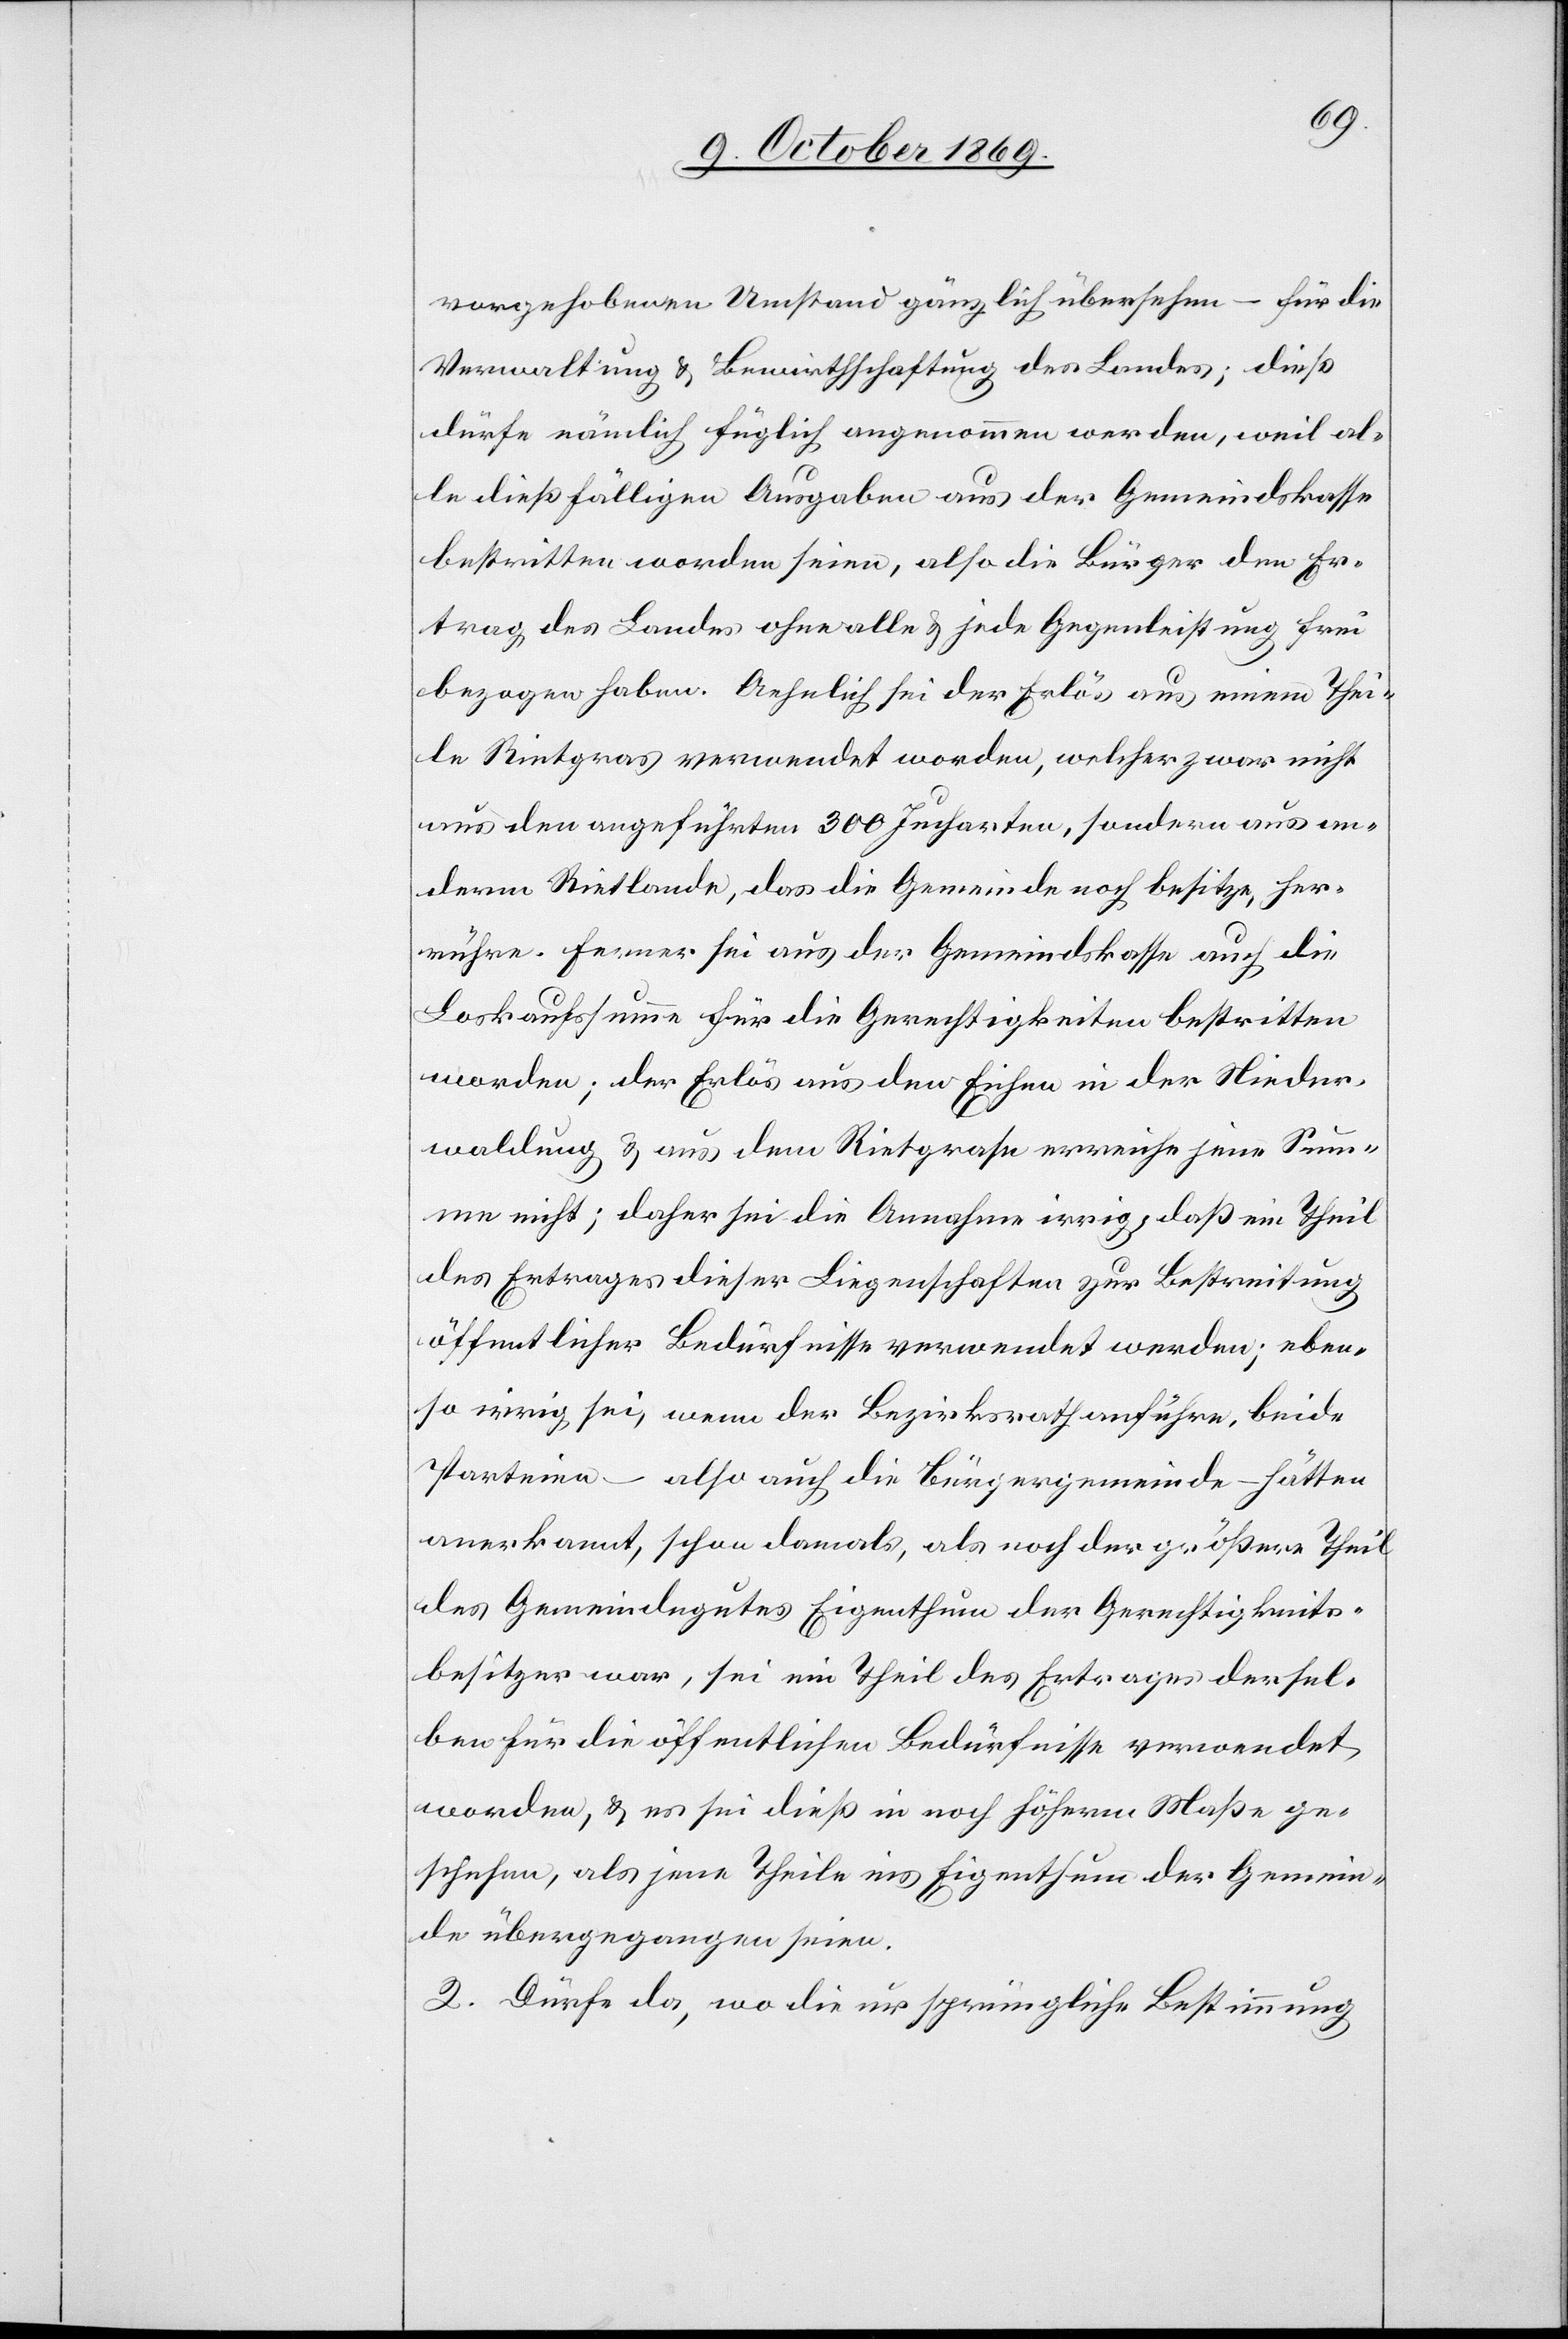
vorgehobenen Umstand gänzlich übersehen – für die
Verwaltung & Bewirthschaftung des Landes; dieß
dürfe nämlich füglich angenommen werden, weil al¬
le dießfälligen Ausgaben aus der Gemeindskasse
bestritten worden seien, also die Bürger den Er¬
trag des Landes ohne alle & jede Gegenleistung frei
bezogen haben. Aehnlich sei der Erlös aus einem Thei¬
le Rietgras verwendet worden, welcher zwar nicht
aus den angeführten 300 Jucharten, sondern aus an¬
derm Rietlande, das die Gemeinde noch besitze, her¬
rühre. Ferner sei aus der Gemeindskasse auch die
Loskaufssumme für die Gerechtigkeiten bestritten
worden; der Erlös aus den Eichen in der Nieder¬
waldung & aus dem Rietgrase erreiche jene Sum¬
me nicht; daher sei die Annahme irrig, daß ein Theil
des Ertrages dieser Liegenschaften zur Bestreitung
öffentlicher Bedürfnisse verwendet werden [sic!]; eben¬
so irrig sei, wenn der Bezirksrath anführe, beide
Parteien – also auch die Bürgergemeinde – hätten
anerkannt, schon damals, als noch der größere Theil
des Gemeindegutes Eigenthum der Gerechtigkeits¬
besitzer war, sei ein Theil des Ertrages dersel¬
ben für die öffentlichen Bedürfnisse verwendet
worden, & es sei dieß in noch höherm Maße ge¬
schehen, als jene Theile ins Eigenthum der Gemein¬
de übergegangen seien.
2. Dürfe da, wo die ursprüngliche Bestimmung